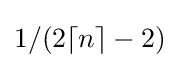
1/(2\lceil n\rceil -2)